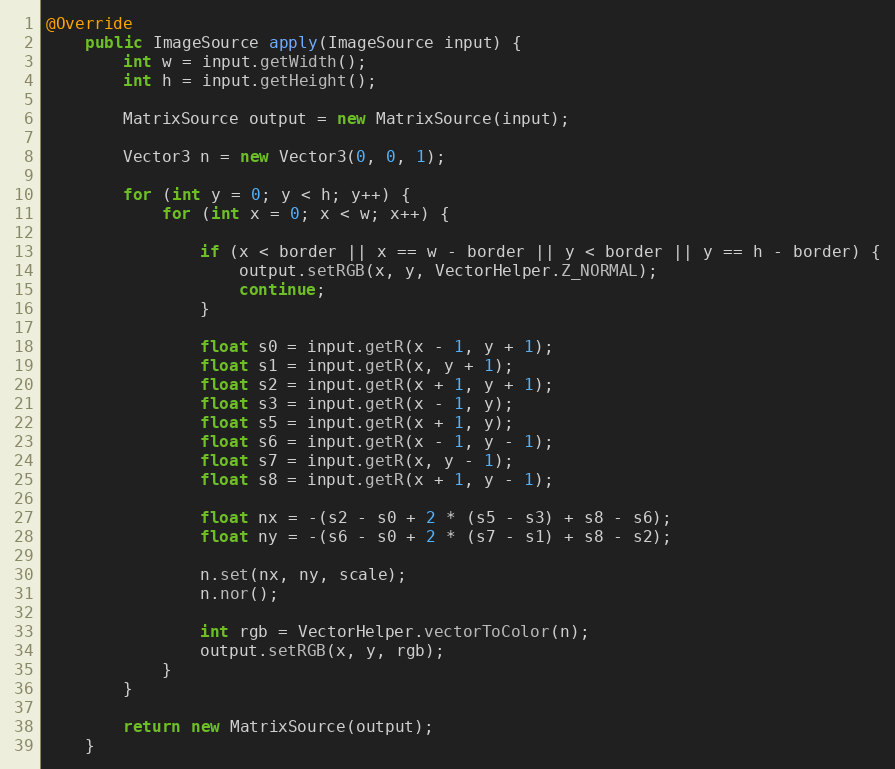
Language: Java
@Override
    public ImageSource apply(ImageSource input) {
        int w = input.getWidth();
        int h = input.getHeight();

        MatrixSource output = new MatrixSource(input);

        Vector3 n = new Vector3(0, 0, 1);

        for (int y = 0; y < h; y++) {
            for (int x = 0; x < w; x++) {

                if (x < border || x == w - border || y < border || y == h - border) {
                    output.setRGB(x, y, VectorHelper.Z_NORMAL);
                    continue;
                }

                float s0 = input.getR(x - 1, y + 1);
                float s1 = input.getR(x, y + 1);
                float s2 = input.getR(x + 1, y + 1);
                float s3 = input.getR(x - 1, y);
                float s5 = input.getR(x + 1, y);
                float s6 = input.getR(x - 1, y - 1);
                float s7 = input.getR(x, y - 1);
                float s8 = input.getR(x + 1, y - 1);

                float nx = -(s2 - s0 + 2 * (s5 - s3) + s8 - s6);
                float ny = -(s6 - s0 + 2 * (s7 - s1) + s8 - s2);

                n.set(nx, ny, scale);
                n.nor();

                int rgb = VectorHelper.vectorToColor(n);
                output.setRGB(x, y, rgb);
            }
        }

        return new MatrixSource(output);
    }